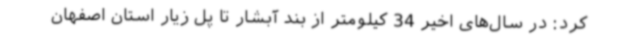
کرد: در سال‌های اخیر 34 کیلومتر از بند آبشار تا پل زیار استان اصفهان